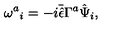
\omega ^ { a } { } _ { i } = - i \bar { \hat { \epsilon } } \Gamma ^ { a } \hat { \Psi } _ { i } ,